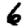
Digit: 6